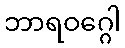
ဘာရဝဂ္ဂေါ